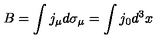
B = \int j _ { \mu } d \sigma _ { \mu } = \int j _ { 0 } d ^ { 3 } x